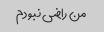
من راضی نبودم